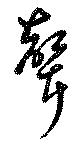
声